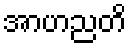
အာဟညတိ